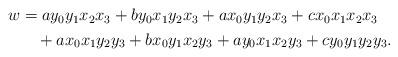
LaTeX: \begin{align*} \begin{aligned} w&=ay_0y_1x_2x_3+by_0x_1y_2x_3+ax_0y_1y_2x_3+cx_0x_1x_2x_3 \\ &\quad+ax_0x_1y_2y_3+bx_0y_1x_2y_3+ay_0x_1x_2y_3+cy_0y_1y_2y_3. \end{aligned} \end{align*}